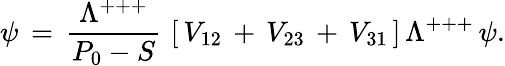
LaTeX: \psi\, =\, {\frac{\Lambda^{+++}}{P_{0}-S}}\, \left[\, V_{12}\, +\, V_{23}\, +\, V_{31}\, \right]\, \Lambda^{+++}\, \psi.